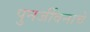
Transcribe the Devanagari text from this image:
पुनर्जीवनाचे